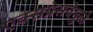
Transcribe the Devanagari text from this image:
एक्सप्रेसवेमुळे